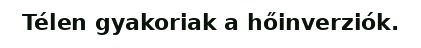
Télen gyakoriak a hőinverziók.